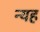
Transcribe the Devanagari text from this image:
न्यह